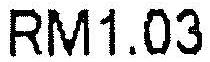
RM1.03